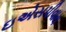
ઇએસપીવાય